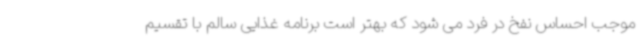
موجب احساس نفخ در فرد می شود که بهتر است برنامه غذایی سالم با تقسیم